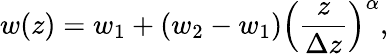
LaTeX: w(z)=w_{1}+(w_{2}-w_{1})\left(\frac{z}{\Delta z}\right)^{\alpha},